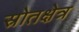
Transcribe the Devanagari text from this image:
स्रोतक्षेत्र